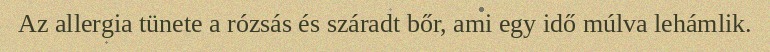
Az allergia tünete a rózsás és száradt bőr, ami egy idő múlva lehámlik.